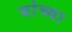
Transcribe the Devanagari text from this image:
यांंच्या